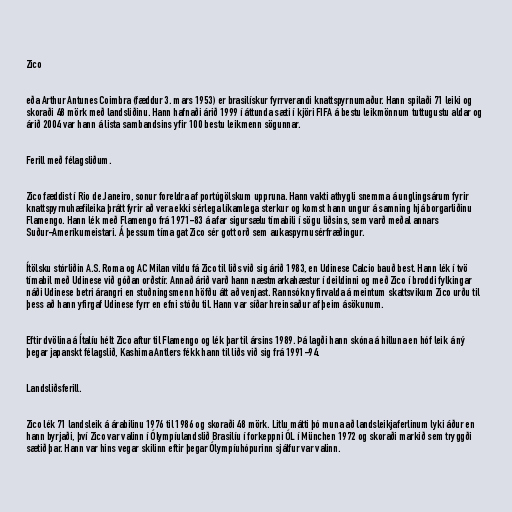
Zico

eða Arthur Antunes Coimbra (fæddur 3. mars 1953) er brasilískur fyrrverandi knattspyrnumaður. Hann spilaði 71 leiki og
skoraði 48 mörk með landsliðinu. Hann hafnaði árið 1999 í áttunda sæti í kjöri FIFA á bestu leikmönnum tuttugustu aldar og
árið 2004 var hann á lista sambandsins yfir 100 bestu leikmenn sögunnar.

Ferill með félagsliðum.

Zico fæddist í Rio de Janeiro, sonur foreldra af portúgölskum uppruna. Hann vakti athygli snemma á unglingsárum fyrir
knattspyrnuhæfileika þrátt fyrir að vera ekki sérlega líkamlega sterkur og komst hann ungur á samning hjá borgarliðinu
Flamengo. Hann lék með Flamengo frá 1971-83 á afar sigursælu tímabili í sögu liðsins, sem varð meðal annars
Suður-Ameríkumeistari. Á þessum tíma gat Zico sér gott orð sem aukaspyrnusérfræðingur.

Ítölsku stórliðin A.S. Roma og AC Milan vildu fá Zico til liðs við sig árið 1983, en Udinese Calcio bauð best. Hann lék í tvö
tímabil með Udinese við góðan orðstír. Annað árið varð hann næstmarkahæstur í deildinni og með Zico í broddi fylkingar
náði Udinese betri árangri en stuðningsmenn höfðu átt að venjast. Rannsókn yfirvalda á meintum skattsvikum Zico urðu til
þess að hann yfirgaf Udinese fyrr en efni stóðu til. Hann var síðar hreinsaður af þeim ásökunum.

Eftir dvölina á Ítalíu hélt Zico aftur til Flamengo og lék þar til ársins 1989. Þá lagði hann skóna á hilluna en hóf leik á ný
þegar japanskt félagslið, Kashima Antlers fékk hann til liðs við sig frá 1991-94.

Landsliðsferill.

Zico lék 71 landsleik á árabilinu 1976 til 1986 og skoraði 48 mörk. Litlu mátti þó muna að landsleikjaferlinum lyki áður en
hann byrjaði, því Zico var valinn í Ólympíulandslið Brasilíu í forkeppni ÓL í München 1972 og skoraði markið sem tryggði
sætið þar. Hann var hins vegar skilinn eftir þegar Ólympíuhópurinn sjálfur var valinn.